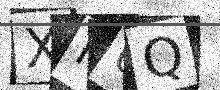
Text: XF6Q